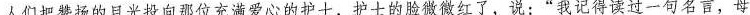
人们把赞扬的目光投向那位充满爱心的护士，护士的脸微微红了，说：”我记得读过一句名言，母